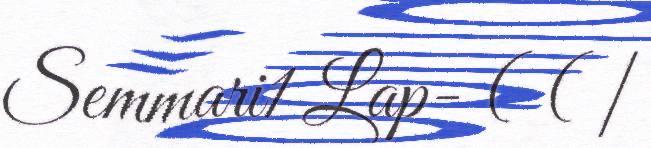
Semmari1 Lap- ( ( |